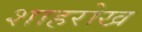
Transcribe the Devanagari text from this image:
शाहरोख